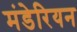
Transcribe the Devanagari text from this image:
मंडेरियन